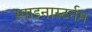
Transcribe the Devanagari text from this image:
स्पाइनास्टर्नम